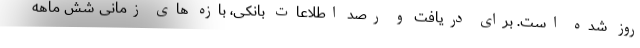
روز شده است. برای دریافت و رصد اطلاعات بانکی، بازه های زمانی شش ماهه